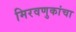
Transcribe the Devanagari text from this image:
मिरवणुकांचा